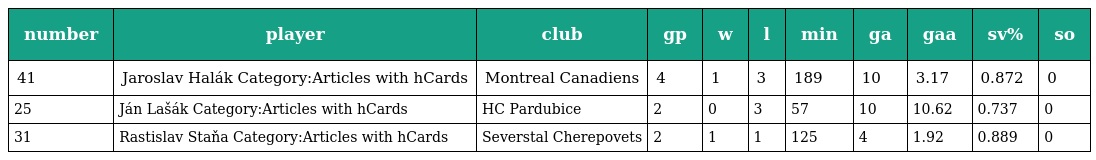
| number | player | club | gp | w | l | min | ga | gaa | sv% | so |
 | --- | --- | --- | --- | --- | --- | --- | --- | --- | --- | --- |
 | 41 | Jaroslav Halák Category:Articles with hCards | Montreal Canadiens | 4 | 1 | 3 | 189 | 10 | 3.17 | 0.872 | 0 |
 | 25 | Ján Lašák Category:Articles with hCards | HC Pardubice | 2 | 0 | 3 | 57 | 10 | 10.62 | 0.737 | 0 |
 | 31 | Rastislav Staňa Category:Articles with hCards | Severstal Cherepovets | 2 | 1 | 1 | 125 | 4 | 1.92 | 0.889 | 0 |